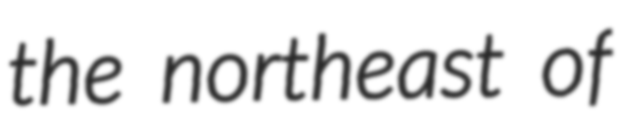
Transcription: the northeast of